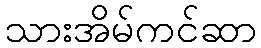
သားအိမ်ကင်ဆာ